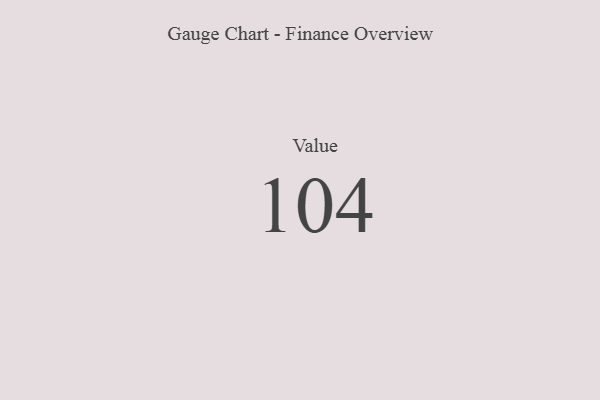
{"axis": {"x": "Metric", "y": "Value"}, "legend": [""], "data": [{"x": "Value", "y": 104, "type": ""}]}